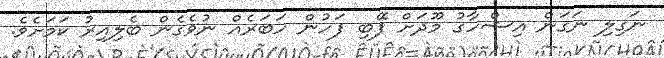
ނަގިލި ނަގަން އިޝްހާގު މޫދަށް ފޭބި ފަހުން ހަބަރެއް ނުވެގެން ބެލިއިރު ކަމަށެވެ.